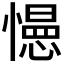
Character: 𭞽